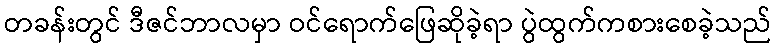
တခန်းတွင် ဒီဇင်ဘာလမှာ ဝင်ရောက်ဖြေဆိုခဲ့ရာ ပွဲထွက်ကစားစေခဲ့သည်